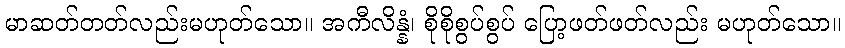
မာဆတ်တတ်လည်းမဟုတ်သော။ အကီလိန္နံ၊ စိုစိုစွပ်စွပ် ပြော့ဖတ်ဖတ်လည်း မဟုတ်သော။